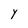
Character: Y